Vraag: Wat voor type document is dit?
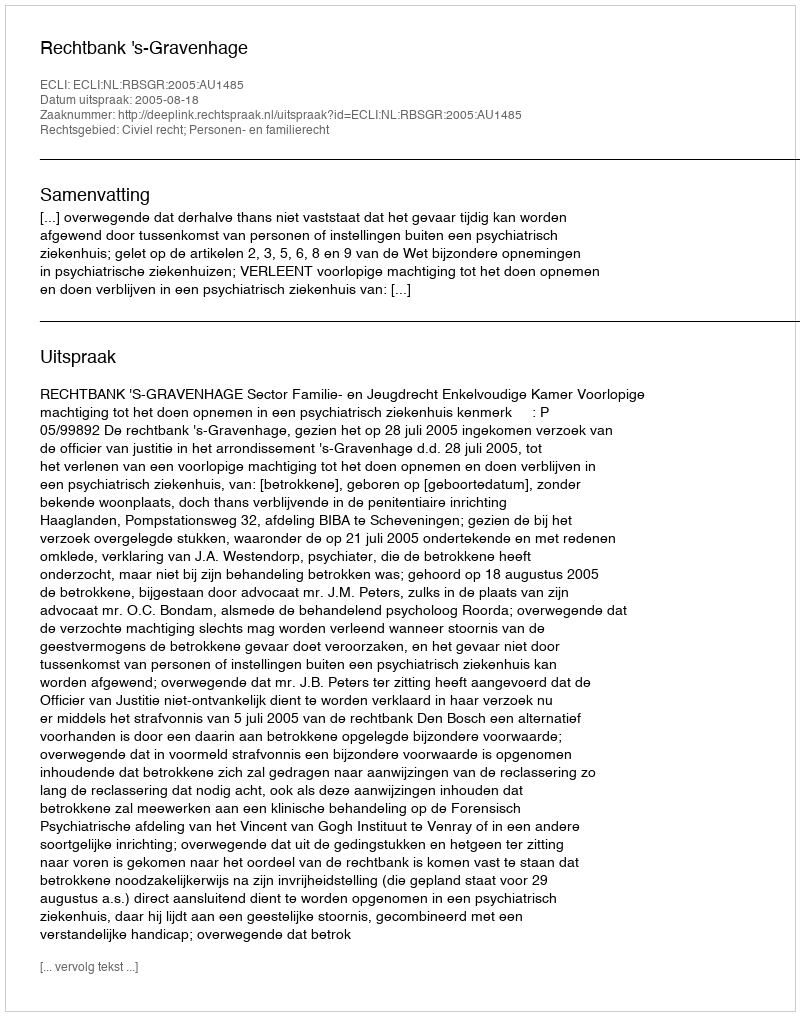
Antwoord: Uitspraak